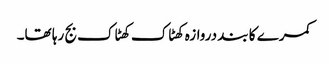
کمرے کا بند دروازہ کھٹاک کھٹاک بج رہا تھا۔